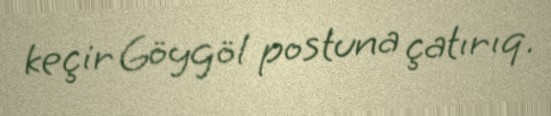
keçir Göygöl postuna çatırıq.